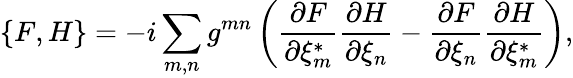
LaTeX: \{ F,H\} =-i\sum_{m,n}g^{mn}\left(\frac{\partial F}{\partial\xi_{m}^{*}}\frac{\partial H}{\partial\xi_{n}}-\frac{\partial F}{\partial\xi_{n}}\frac{\partial H}{\partial\xi_{m}^{*}}\right),